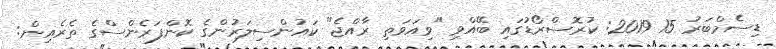
ޑިސެމްބަރު 15 2019: ކުރޮސްރޯޑުގައި ބޭއްވި "ވިއަވަތި ރާއްޖެ" ކައުންސިލަރުންގެ ކޮންފަރެންސްގެ ތެރެއިން: